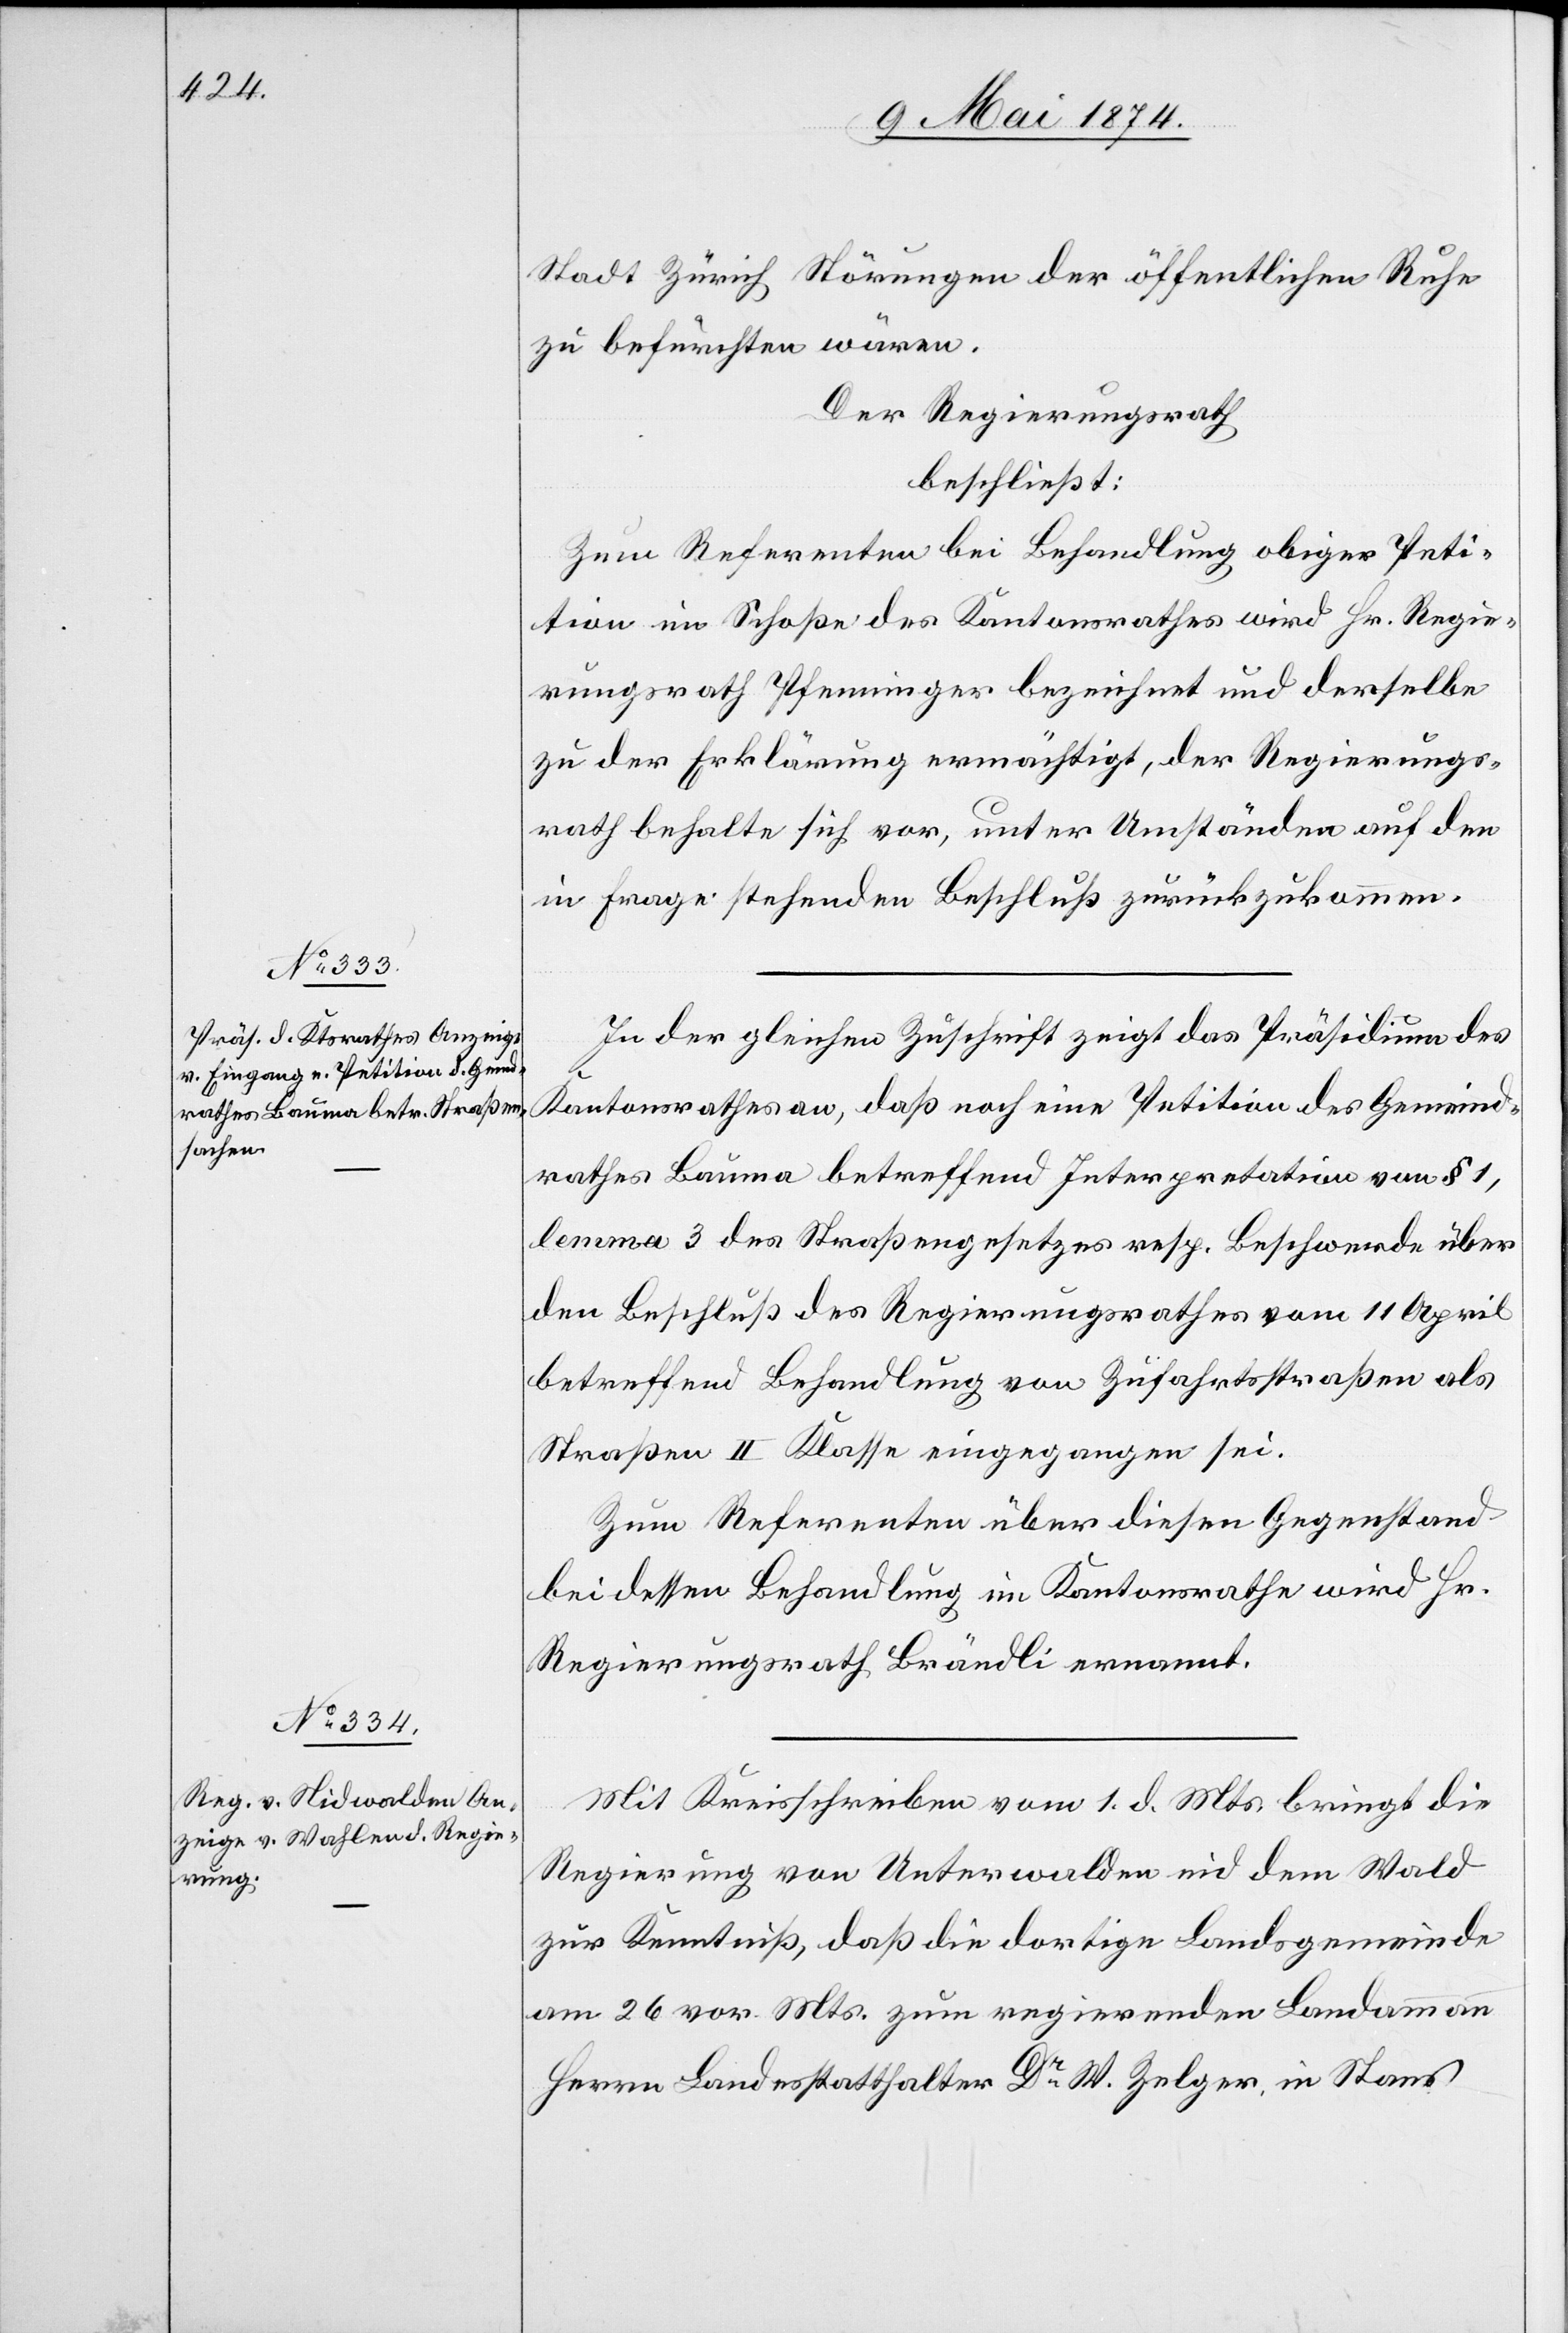
Stadt Zürich Störungen der öffentlichen Ruhe
zu befürchten wären.
Der Regierungsrath,
beschließt:
Zum Referenten bei Behandlung obiger Peti¬
tion im Schoße des Kantonsrathes wird Hr. Regie¬
rungsrath Pfenninger bezeichnet und derselbe
zu der Erklärung ermächtigt, der Regierungs¬
rath behalte sich vor, unter Umständen auf den
in Frage stehenden Beschluß zurückzukommen.
In der gleichen Zuschrift zeigt das Präsidium des
Kantonsrathes an, daß noch eine Petition des Gemeind¬
rathes Bauma betreffend Interpretation von § 1,
lemma 3 des Straßengesetzes resp. Beschwerde über
den Beschluß des Regierungsrathes vom 11. April
betreffend Behandlung von Zufahrtsstraßen als
Straßen II. Klasse eingegangen sei.
Zum Referenten über diesen Gegenstand
bei dessen Behandlung im Kantonsrathe wird Hr.
Regierungsrath Brändli ernannt.
Mit Kreisschreiben vom 1. d. Mts. bringt die
Regierung von Unterwalden nid dem Wald
zur Kenntniß, daß die dortige Landsgemeinde
am 26. vor. Mts. zum regierenden Landammann
Herrn Landesstatthalter Dr W. Zelger, in Stans